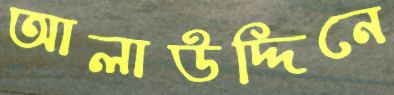
আলাউদ্দিনে